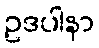
ဥဒပါနာ